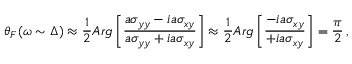
\theta _ { F } ( \omega \sim \Delta ) \approx \frac { 1 } { 2 } A r g \left[ \frac { a \sigma _ { y y } - i a \sigma _ { x y } } { a \sigma _ { y y } + i a \sigma _ { x y } } \right] \approx \frac { 1 } { 2 } A r g \left[ \frac { - i a \sigma _ { x y } } { + i a \sigma _ { x y } } \right] = \frac { \pi } { 2 } \, ,